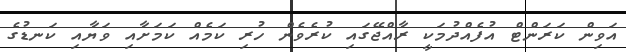
އަވިން ކަރަންޓް އުފެއްދުމަކީ ރާއްޖޭގައި ކުރެވެން ހުރި ކަމެއް ކަމަށާއި ވަޔާއި ކަނޑުގެ